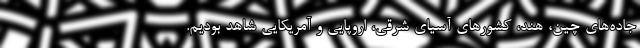
جاده‌های چین، هند، کشورهای آسیای شرقی، اروپایی و آمریکایی شاهد بودیم.